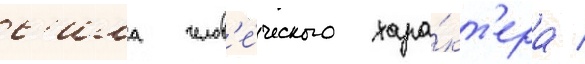
с'ила челов'е́ческого хара́кт'ера /